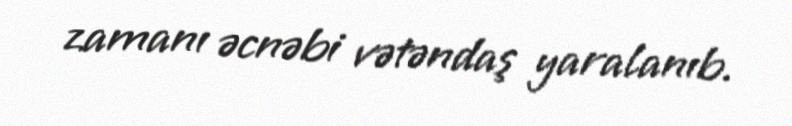
zamanı əcnəbi vətəndaş yaralanıb.